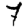
Digit: 7